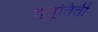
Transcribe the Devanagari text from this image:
एनुतिती